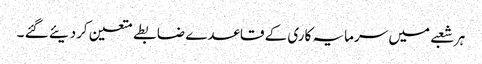
ہر شعبے میں سرمایہ کاری کے قاعدے ضابطے متعین کردیئے گئے ۔